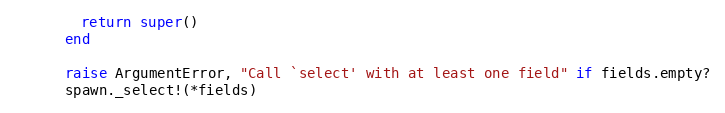
Language: Ruby
        return super()
      end

      raise ArgumentError, "Call `select' with at least one field" if fields.empty?
      spawn._select!(*fields)